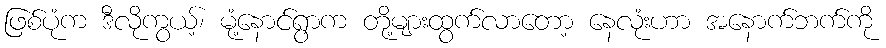
ဖြစ်ပုံက ဒီလိုကွယ့်၊ မုံ့နောင်ရွာက တို့များထွက်လာတော့ နေလုံးဟာ အနောက်ဘက်ကို